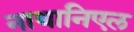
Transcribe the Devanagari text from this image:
नाथानिएल